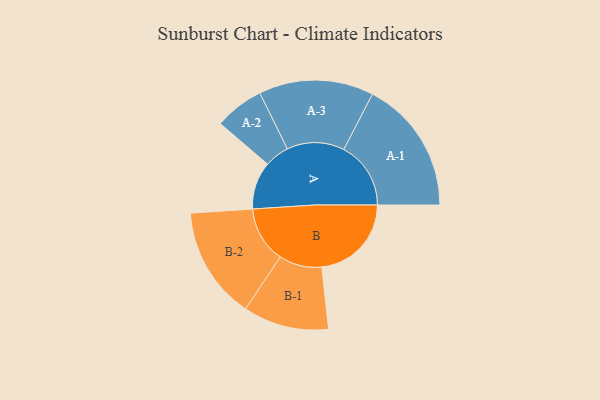
{"axis": {"x": "Segment", "y": "Value"}, "legend": ["", "A", "B"], "data": [{"x": "A", "y": 202, "type": ""}, {"x": "B", "y": 381, "type": ""}, {"x": "A-1", "y": 285, "type": "A"}, {"x": "A-2", "y": 105, "type": "A"}, {"x": "A-3", "y": 244, "type": "A"}, {"x": "B-1", "y": 182, "type": "B"}, {"x": "B-2", "y": 239, "type": "B"}]}